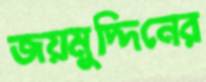
জয়মুদ্দিনের